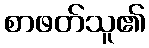
စာဖတ်သူ၏